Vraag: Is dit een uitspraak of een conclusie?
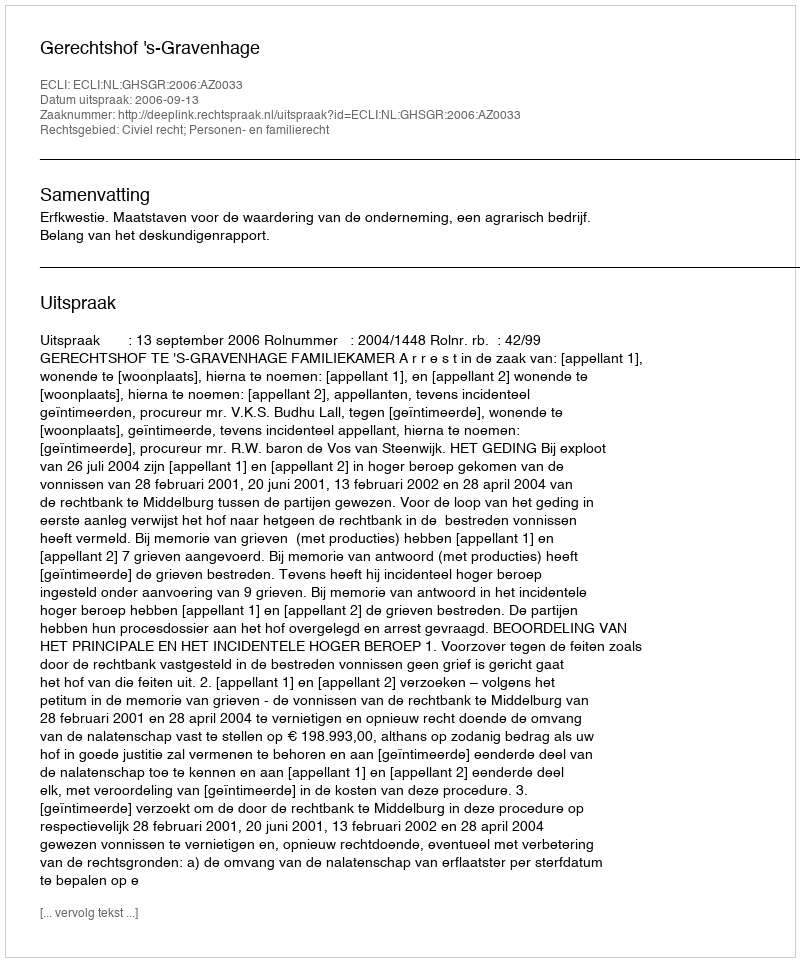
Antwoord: Uitspraak